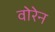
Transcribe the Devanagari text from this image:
वोरेन